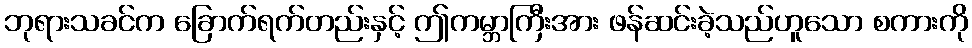
ဘုရားသခင်က ခြောက်ရက်တည်းနှင့် ဤကမ္ဘာကြီးအား ဖန်ဆင်းခဲ့သည်ဟူသော စကားကို